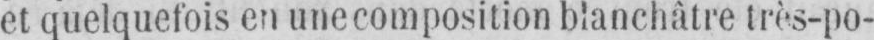
et quelquefois en une composition blanchâtre très-po-